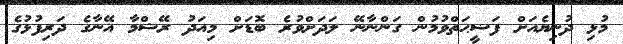
މުޅި ދުނިޔެއަށް ފަޟީޙަތްވުމުން ގަންނާނޭ ލަދަށްވުރެ ބޮޑަށް މިއަދު ރޭޝްމާ އޭނާގެ ދަރިފުޅުގެ